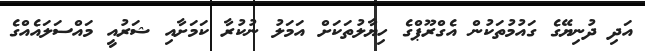
އަދި ދުނިޔޭގެ ގައުމުތަކުން އެގްރޫޕްގެ ހިޔާލުތަކަށް އަމަލު ނުކުރާ ކަމަށާއި ޝަރުއީ މައްސަލައެއްގެ